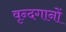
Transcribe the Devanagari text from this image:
वृन्दगानों